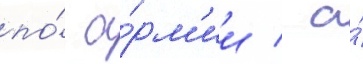
по́ а́рм'ии / а́